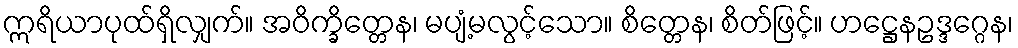
ဣရိယာပုထ်ရှိလျှက်။ အဝိက္ခိတ္တေန၊ မပျံ့မလွင့်သော။ စိတ္တေန၊ စိတ်ဖြင့်။ ဟဋ္ဌေနဥဒ္ဒဂ္ဂေန၊